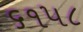
૬૧૫૮